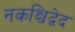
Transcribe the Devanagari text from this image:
नकश्चिद्वेद